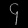
Digit: ၄